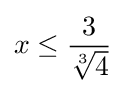
x\leq {\frac {3}{\sqrt[{3}]{4}}}